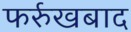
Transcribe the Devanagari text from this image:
फर्रुखबाद